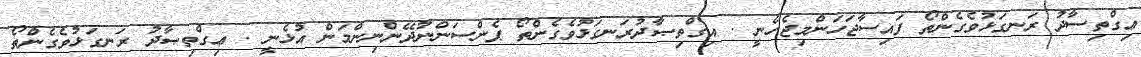
ޢިގްތިސާދު ރަނގަޅުވެގެންތޯ ފައިސާޖަހަންމިޖެހެނީ . އިގްތިޞާދުރަނގަޅުވެގެންތޯ ޕެންސަންނުދޭންނިންމަން އުޅެނީ . ޢިގްތިޞާދު ރަނގަޅުވެގެންތޯ